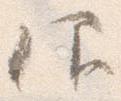
仰